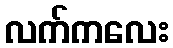
လက်ကလေး